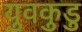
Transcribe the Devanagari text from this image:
युवकुडु